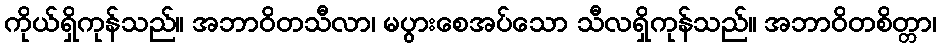
ကိုယ်ရှိကုန်သည်။ အဘာဝိတသီလာ၊ မပွားစေအပ်သော သီလရှိကုန်သည်။ အဘာဝိတစိတ္တာ၊